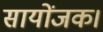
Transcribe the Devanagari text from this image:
सायोंजक।